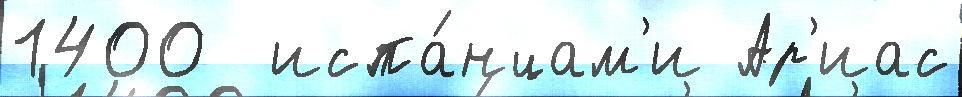
1400  испа́нцам'и Ар'иас